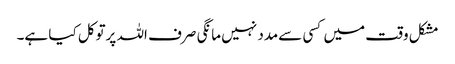
مشکل وقت میں کسی سےمدد نہیں مانگی صرف اللہ پرتوکل کیا ہے۔